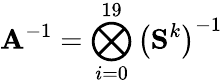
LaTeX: \mathbf{A}^{-1}=\bigotimes_{i=0}^{19}\left(\mathbf{S}^{k}\right)^{-1}